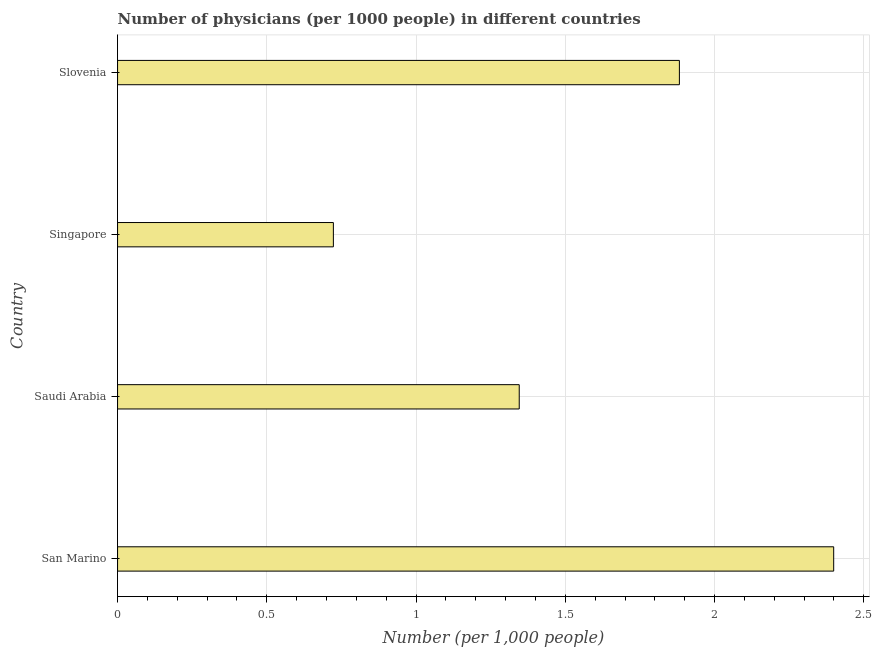
| Country | Physicians |
 | --- | --- |
 | San Marino | 2.4 |
 | Saudi Arabia | 1.35 |
 | Singapore | 0.723 |
 | Slovenia | 1.88 |